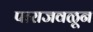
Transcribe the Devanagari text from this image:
पाराजवळून